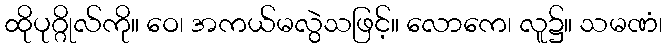
ထိုပုဂ္ဂိုလ်ကို။ ဝေ၊ အကယ်မလွဲသဖြင့်။ လောကေ၊ လူ၌။ သမဏံ၊